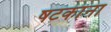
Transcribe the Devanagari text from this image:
षटकांना